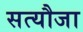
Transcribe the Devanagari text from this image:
सत्यौजा